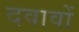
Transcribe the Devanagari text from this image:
दवावों